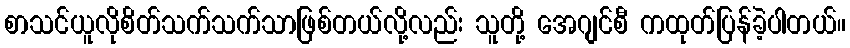
စာသင်ယူလိုစိတ်သက်သက်သာဖြစ်တယ်လို့လည်း သူတို့ အေဂျင်စီ ကထုတ်ပြန်ခဲ့ပါတယ်။